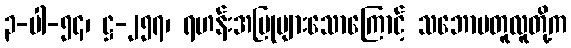
၃-ပါ-၅၄၊ ဋ္ဌ-၂၅၇၊ ရဟန်းအပြုများသောကြောင့် သဘောမတူလူတို့က